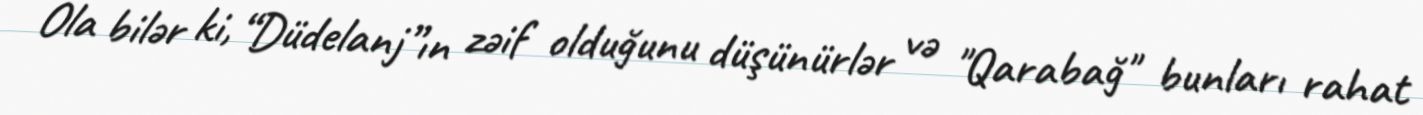
Ola bilər ki, “Düdelanj”ın zəif olduğunu düşünürlər və "Qarabağ" bunları rahat